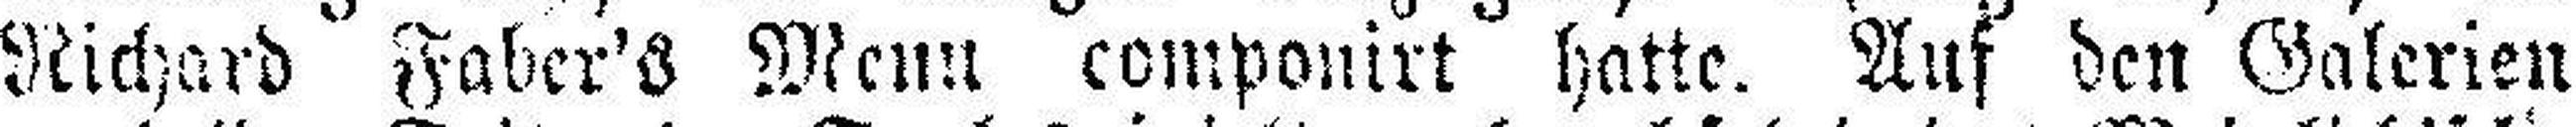
Richard Faber's Menu componirt hatte. Auf den Galerien